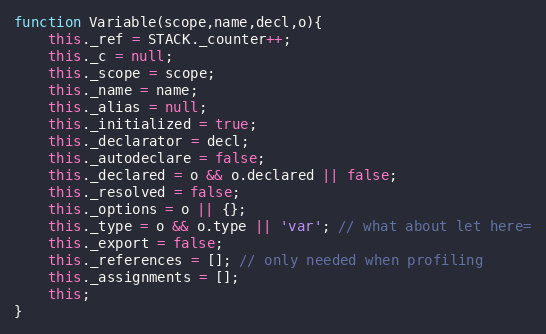
Language: JavaScript
function Variable(scope,name,decl,o){
	this._ref = STACK._counter++;
	this._c = null;
	this._scope = scope;
	this._name = name;
	this._alias = null;
	this._initialized = true;
	this._declarator = decl;
	this._autodeclare = false;
	this._declared = o && o.declared || false;
	this._resolved = false;
	this._options = o || {};
	this._type = o && o.type || 'var'; // what about let here=
	this._export = false;
	this._references = []; // only needed when profiling
	this._assignments = [];
	this;
}